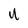
Character: U